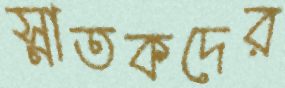
স্নাতকদের